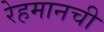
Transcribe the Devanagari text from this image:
रेहमानची